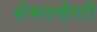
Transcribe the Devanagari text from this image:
सेमनचेररी